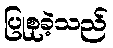
ပြုစုခဲ့သည်